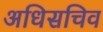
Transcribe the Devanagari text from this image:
अधिसचिव